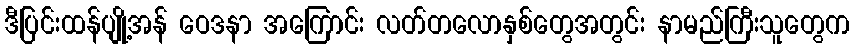
ဒီပြင်းထန်ပျို့အန် ဝေဒနာ အကြောင်း လတ်တလောနှစ်တွေအတွင်း နာမည်ကြီးသူတွေက